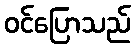
ဝင်ပြောသည်